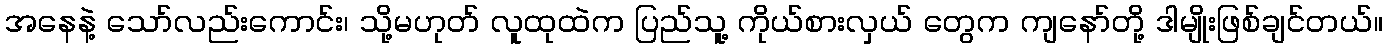
အနေနဲ့ သော်လည်းကောင်း၊ သို့မဟုတ် လူထုထဲက ပြည်သူ့ ကိုယ်စားလှယ် တွေက ကျနော်တို့ ဒါမျိုးဖြစ်ချင်တယ်။